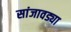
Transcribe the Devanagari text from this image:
सांजावड्या